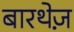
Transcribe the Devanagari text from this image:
बारथेज़